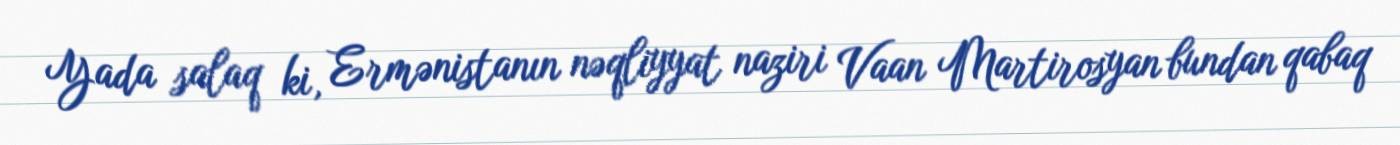
Yada salaq ki, Ermənistanın nəqliyyat naziri Vaan Martirosyan bundan qabaq